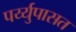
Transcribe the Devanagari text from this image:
पर्य्युपासत